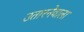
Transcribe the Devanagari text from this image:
उतारनेवाला